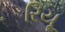
રિયૂ